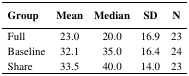
<table><thead><tr><td><b>Group</b></td><td><b>Mean</b></td><td><b>Median</b></td><td><b>SD</b></td><td><b>N</b></td></tr></thead><tbody><tr><td>Full</td><td>23.0</td><td>20.0</td><td>16.9</td><td>23</td></tr><tr><td>Baseline</td><td>32.1</td><td>35.0</td><td>16.4</td><td>24</td></tr><tr><td>Share</td><td>33.5</td><td>40.0</td><td>14.0</td><td>23</td></tr></tbody></table>